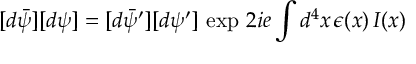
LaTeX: [ d \bar { \psi } ] [ d \psi ] = [ d \bar { \psi } ^ { \prime } ] [ d \psi ^ { \prime } ] \, \exp \, { 2 i e \int d ^ { 4 } x \, \epsilon ( x ) \, I ( x ) }